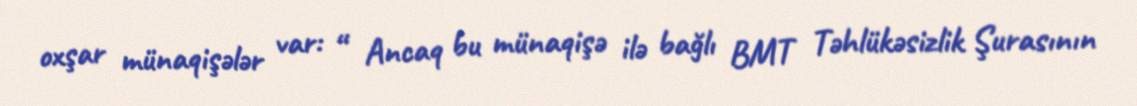
oxşar münaqişələr var: “ Ancaq bu münaqişə ilə bağlı BMT Təhlükəsizlik Şurasının